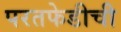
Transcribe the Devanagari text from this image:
परतफेडीची